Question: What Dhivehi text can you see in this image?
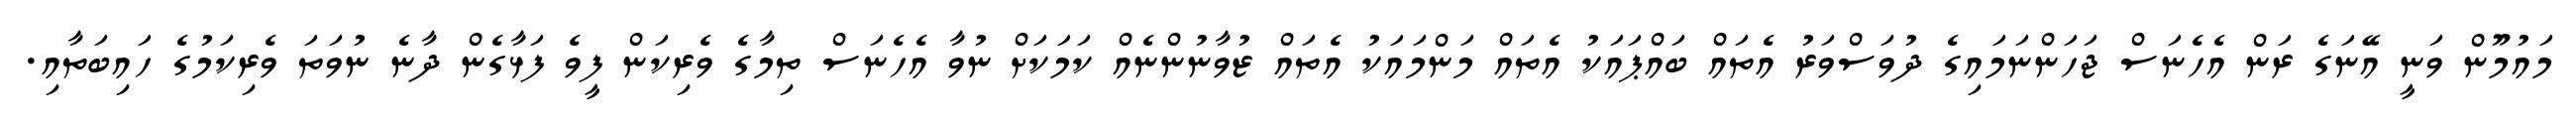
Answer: މައުމޫން ވަނީ އޭނަގެ ރަން އެހެނަސް ޖަހަންނަމައިގެ ދުވަސްވަރު އެތައް ބައްޕައަކު އެތައް މަންމައަކު އެތައް ޒުވާނުންނެއް ކަމަކަށް ނުވާ އެހެނަސް ތިމާގެ ވެރިކަން ފީވެ ފަޅާގެން ދާނެ ނުވަތަ ވެރިކަމުގެ ހައިބަތާއި.